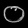
Digit: ၀